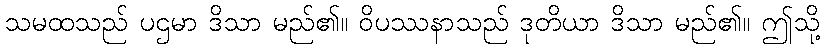
သမထသည် ပဌမာ ဒိသာ မည်၏။ ဝိပဿနာသည် ဒုတိယာ ဒိသာ မည်၏။ ဤသို့